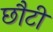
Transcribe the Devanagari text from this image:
छौटी